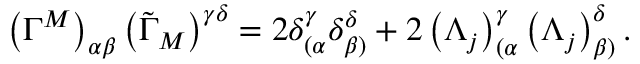
\left( \Gamma ^ { M } \right) _ { \alpha \beta } \left( \tilde { \Gamma } _ { M } \right) ^ { \gamma \delta } = 2 \delta _ { ( \alpha } ^ { \gamma } \delta _ { \beta ) } ^ { \delta } + 2 \left( \Lambda _ { j } \right) _ { ( \alpha } ^ { \gamma } \left( \Lambda _ { j } \right) _ { \beta ) } ^ { \delta } .